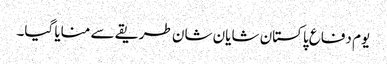
یوم دفاع پاکستان شایان شان طریقے سے منایا گیا۔